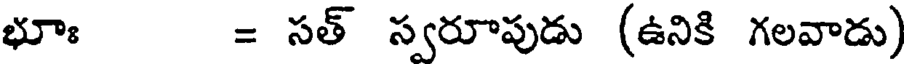
భూః = సత్ స్వరూపుడు (ఉనికి గలవాడు)